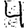
Digit: 4